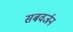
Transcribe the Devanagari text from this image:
सबवर्जन